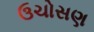
ઉચોસણ